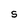
Character: S